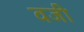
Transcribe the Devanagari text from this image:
वजी